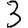
Digit: 3